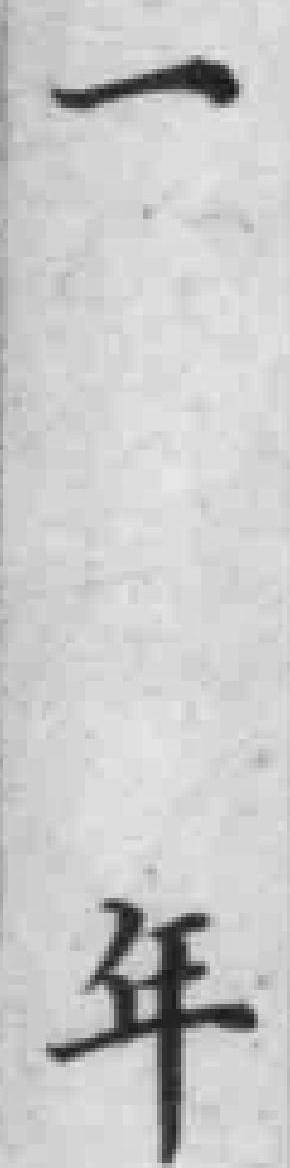
一年